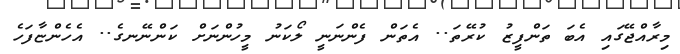
މިރާއްޖޭގައި އެބަ ތަންފީޒު ކުރޭތަ.. އެތަން ފެންނަނީ ލޯކަނު މީހުންނަށް ކަންނޭނގެ.. އެހެންޏާފަހެ